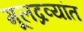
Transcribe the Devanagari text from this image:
मूलद्रव्यांत